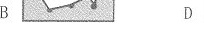
B D